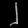
Digit: ၂